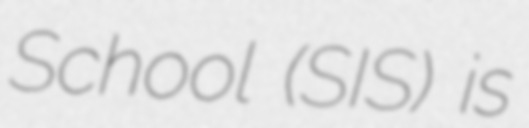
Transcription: School (SIS) is